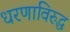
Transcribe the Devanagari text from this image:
धरणाविरुद्ध